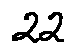
2 2